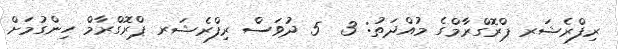
ރިފްރެޝަރ ޕްރޮގްރާމްގެ މުއްދަތު: 3  5 ދުވަސް ރިފްރެޝަރ ޕްރޮގްރާމް ހިންގުމަށް